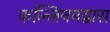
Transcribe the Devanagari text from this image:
कल्लिननद्वारा